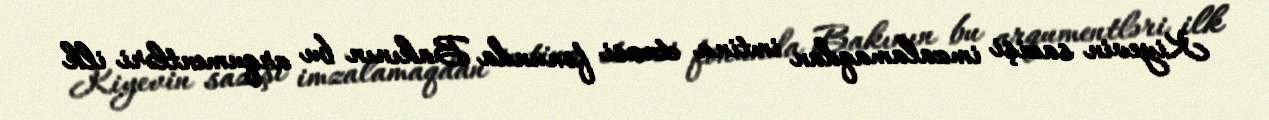
Kiyevin sazişi imzalamaqdan imtina etməsi fonunda Bakının bu arqumentləri ilk